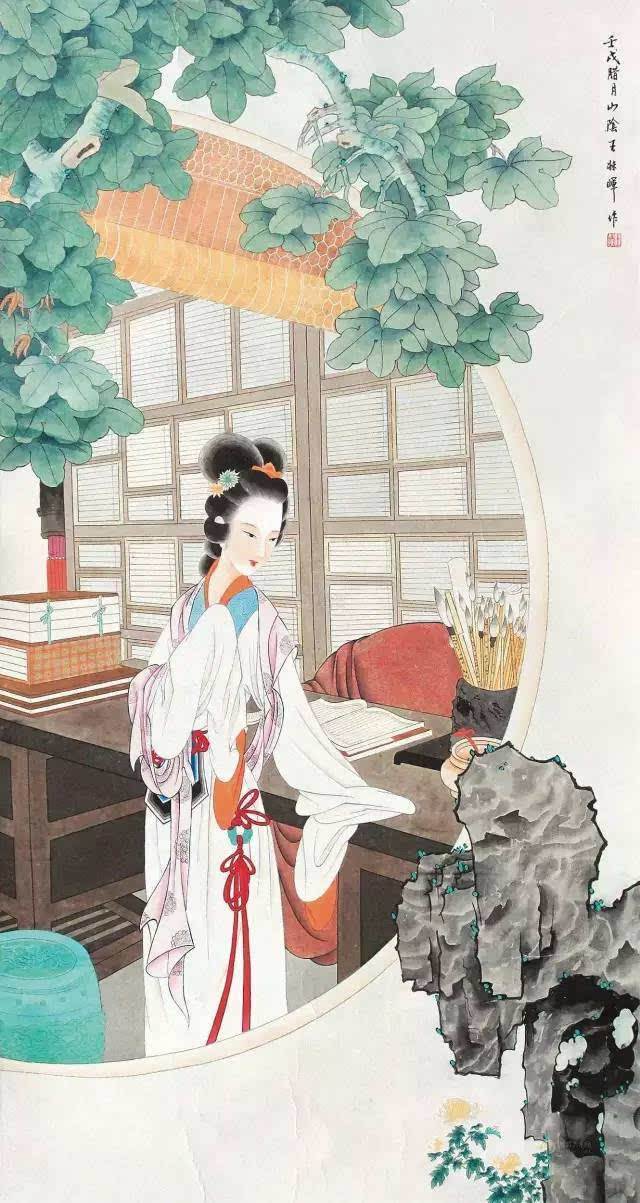
美人卷珠帘，深坐颦蛾眉。